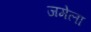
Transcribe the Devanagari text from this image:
जमेला